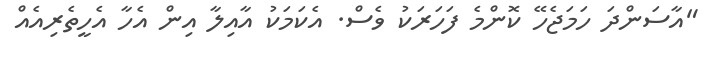
"އާސަންދަ ހަމަޖެހޭ ކޮންމެ ފަހަރަކު ވެސް. އެކަމަކު އާއިލާ އިން އެހާ އެހީތެރިއެއް